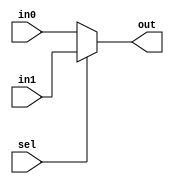
module MUX_2X1 (

	input  wire in0,
	input  wire in1,
	input  wire sel,
	output wire out
 
);

assign out = (sel==1) ? in1 : in0;

endmodule